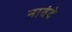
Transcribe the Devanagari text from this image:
नावंदे